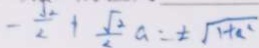
- \frac { \sqrt { 2 } } { 2 } + \frac { \sqrt { 2 } } { 2 } a = \pm \sqrt { 1 + a ^ { 2 } }